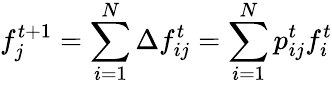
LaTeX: f_{j}^{t+1}=\sum_{i=1}^{N}\Delta f_{ij}^{t}=\sum_{i=1}^{N}p_{ij}^{t}f_{i}^{t}